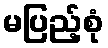
မပြည့်စုံ